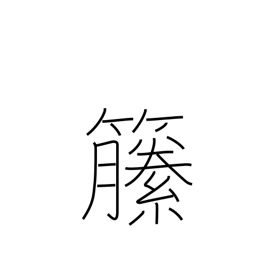
Meaning: climbing plants